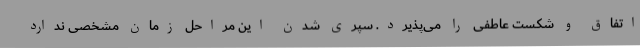
اتفاق و شکست عاطفی را می‌پذیرد. سپری شدن این مراحل زمان مشخصی ندارد